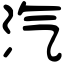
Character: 汽